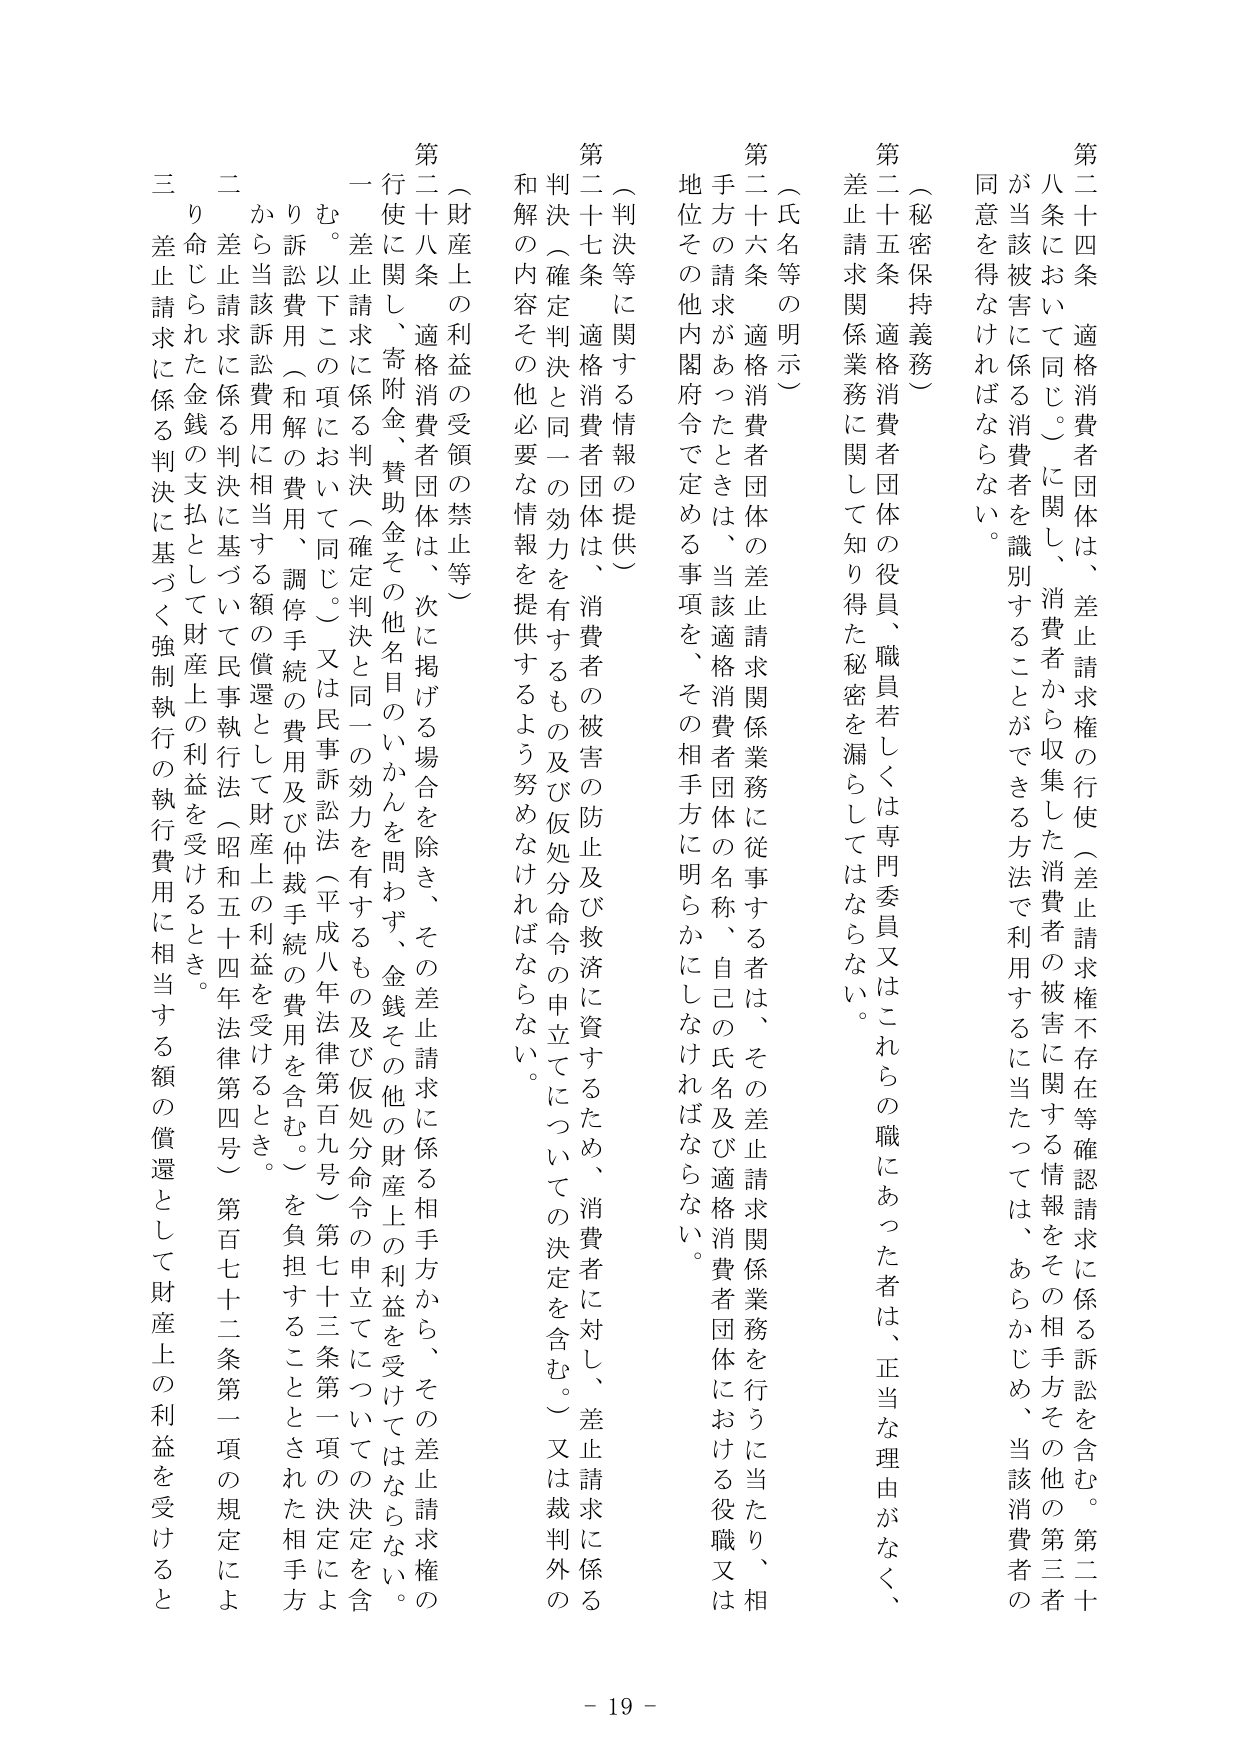
第二十四条 適格消費者団体は、差止請求権の行使（差止請求権不存在等確認請求に係る訴訟を含む。第二十八条において同じ。）に関し、消費者から収集した消費者の被害に関する情報をその相手方その他第三者が当該被害に係る消費者を識別することができる方法で利用するに当たっては、あらかじめ、当該消費者の同意を得なければならない。

（秘密保持義務）
第二十五条 適格消費者団体の役員、職員若しくは専門委員又はこれらの職にあった者は、正当な理由がなく、差止請求関係業務に関して知り得た秘密を漏らしてはならない。

（氏名等の明示）
第二十六条 適格消費者団体の差止請求関係業務に従事する者は、その差止請求関係業務を行うに当たり、相手方の請求があったときは、当該適格消費者団体の名称、自己の氏名及び適格消費者団体における役職又は地位その他内閣府令で定める事項を、その相手方に明らかにしなければならない。

（判決等に関する情報の提供）
第二十七条 適格消費者団体は、消費者の被害の防止及び救済に資するため、消費者に対し、差止請求に係る判決（確定判決と同一の効力を有するもの及び仮処分命令の申立てについての決定を含む。）又は裁判外の和解の内容その他必要な情報を提供するよう努めなければならない。

（財産上の利益の受領の禁止等）
第二十八条 適格消費者団体は、次に掲げる場合を除き、その差止請求に係る相手方から、その差止請求権の行使に関し、寄附金、賛助金その他名目のいかんを問わず、金銭その他の財産上の利益を受けてはならない。
一 差止請求に係る判決（確定判決と同一の効力を有するもの及び仮処分命令の申立てについての決定を含む。以下この項において同じ。）又は民事訴訟法（平成八年法律第百九号）第七十三条第一項の規定により訴訟費用（和解の費用、調停手続の費用及び仲裁手続の費用を含む。）を負担することとされた相手方から当該訴訟費用に相当する額の償還として財産上の利益を受けるとき。
二 差止請求に係る判決に基づいて民事執行法（昭和五十四年法律第四号）第百七十二条第一項の規定により命じられた金銭の支払として財産上の利益を受けるとき。
三 差止請求に係る判決に基づく強制執行の執行費用に相当する額の償還として財産上の利益を受けるとき。

- 19 -